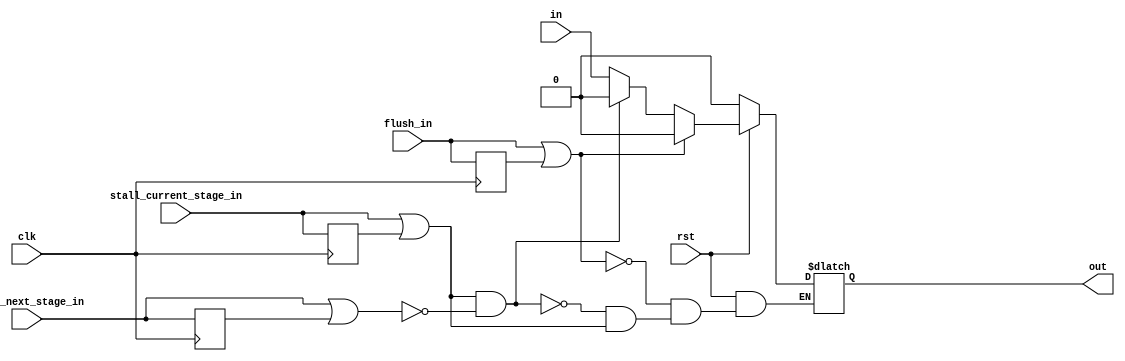
module PipelineDeliverAsyn #(parameter width = 1) (
    input clk,
    input rst,
    input flush_in,
    input stall_current_stage_in,
    input stall_next_stage_in,
    input [width - 1:0] in,
    output reg[width - 1:0] out
);

    reg flush_delay, stall_current, stall_next;
    wire flush, stall_current_stage, stall_next_stage;

    // NOTE: glitch?
    assign flush = flush_in | flush_delay;
    assign stall_current_stage = stall_current_stage_in | stall_current;
    assign stall_next_stage = stall_next_stage_in | stall_next;

    // delay one more tick for stall signals
    always @(posedge clk) begin
        flush_delay <= flush_in;
        stall_current <= stall_current_stage_in;
        stall_next <= stall_next_stage_in;
    end

    always @(*) begin
        if (!rst) begin
            out <= 0;
        end
        else if (flush) begin
            out <= 0;
        end
        else if (stall_current_stage && !stall_next_stage) begin
            out <= 0;
        end
        else if (!stall_current_stage) begin
            out <= in;
        end
    end

endmodule